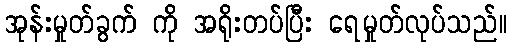
အုန်းမှုတ်ခွက် ကို အရိုးတပ်ပြီး ရေမှုတ်လုပ်သည်။